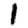
Digit: 1